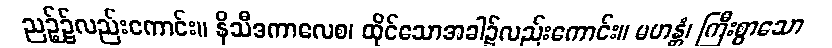
ညဉ့်၌လည်းကောင်း။ နိသီဒကာလေစ၊ ထိုင်သောအခါ၌လည်းကောင်း။ မဟန္တံ၊ ကြီးစွာသော